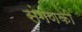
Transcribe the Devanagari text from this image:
संगणकी